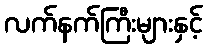
လက်နက်ကြီးများနှင့်